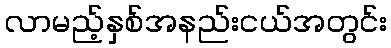
လာမည့်နှစ်အနည်းငယ်အတွင်း